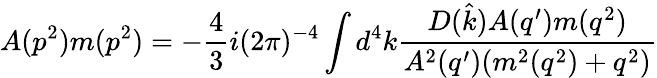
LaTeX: A(p^{2})m(p^{2})=-{\frac{4}{3}}i(2\pi)^{-4}\int d^{4}k{\frac{D({\hat{k}})A(q^{\prime})m(q^{2})}{A^{2}(q^{\prime})(m^{2}(q^{2})+q^{2})}}